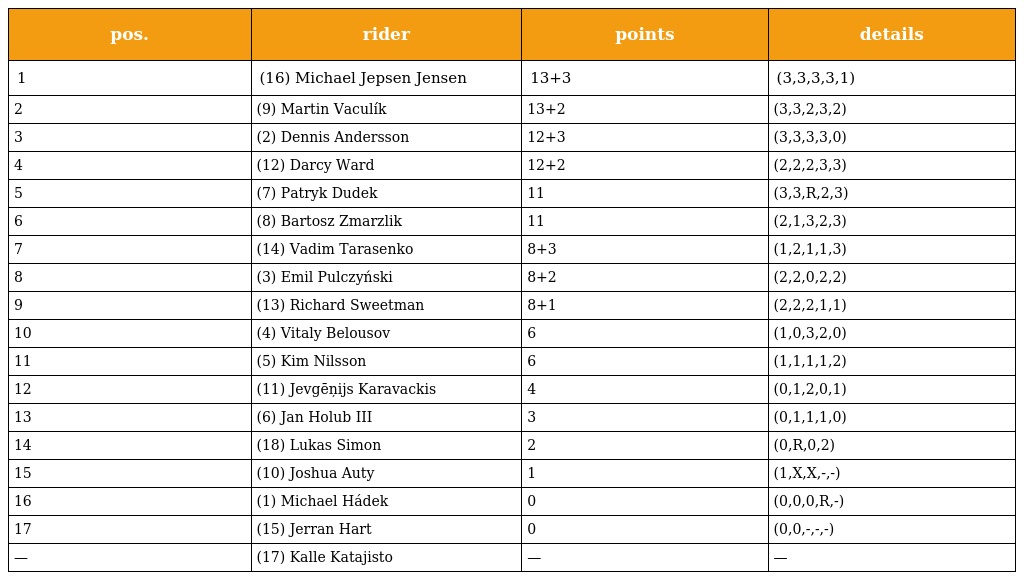
| pos. | rider | points | details |
 | --- | --- | --- | --- |
 | 1 | (16) Michael Jepsen Jensen | 13+3 | (3,3,3,3,1) |
 | 2 | (9) Martin Vaculík | 13+2 | (3,3,2,3,2) |
 | 3 | (2) Dennis Andersson | 12+3 | (3,3,3,3,0) |
 | 4 | (12) Darcy Ward | 12+2 | (2,2,2,3,3) |
 | 5 | (7) Patryk Dudek | 11 | (3,3,R,2,3) |
 | 6 | (8) Bartosz Zmarzlik | 11 | (2,1,3,2,3) |
 | 7 | (14) Vadim Tarasenko | 8+3 | (1,2,1,1,3) |
 | 8 | (3) Emil Pulczyński | 8+2 | (2,2,0,2,2) |
 | 9 | (13) Richard Sweetman | 8+1 | (2,2,2,1,1) |
 | 10 | (4) Vitaly Belousov | 6 | (1,0,3,2,0) |
 | 11 | (5) Kim Nilsson | 6 | (1,1,1,1,2) |
 | 12 | (11) Jevgēņijs Karavackis | 4 | (0,1,2,0,1) |
 | 13 | (6) Jan Holub III | 3 | (0,1,1,1,0) |
 | 14 | (18) Lukas Simon | 2 | (0,R,0,2) |
 | 15 | (10) Joshua Auty | 1 | (1,X,X,-,-) |
 | 16 | (1) Michael Hádek | 0 | (0,0,0,R,-) |
 | 17 | (15) Jerran Hart | 0 | (0,0,-,-,-) |
 | — | (17) Kalle Katajisto | — | — |